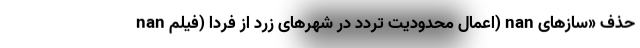
nan اعمال محدودیت تردد در شهرهای زرد از فردا (فیلم) nan حذف «سازهای